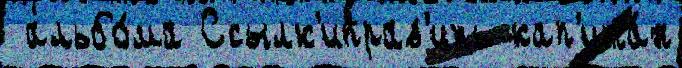
 альбо́ма Ссылк'иправ'ить кап'ита́н